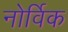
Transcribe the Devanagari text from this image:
नोर्विक